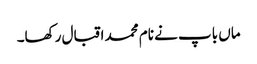
ماں باپ نے نام محمد اقبال رکھا۔